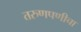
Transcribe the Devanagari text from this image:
तरुणपणीचा